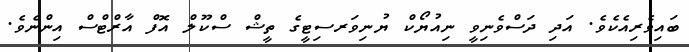
ބައިވެރިއެކެވެ. އަދި ދަސްވެނިވީ ނިއުޔޯކް ޔުނިވަރސިޓީގެ ތީޝް ސްކޫލް އޮފް އާރްޓްސް އިންނެވެ.